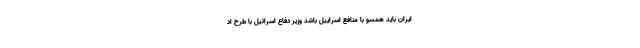
ایران باید همسو با منافع اسراییل باشد وزیر دفاع اسرائیل با طرح اد